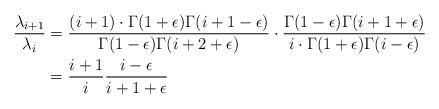
LaTeX: \begin{align*}\frac{\lambda_{i + 1}}{\lambda_i} &= \frac{(i + 1) \cdot \Gamma(1 + \epsilon) \Gamma(i + 1 - \epsilon)}{\Gamma(1 - \epsilon) \Gamma(i + 2 + \epsilon)} \cdot \frac{\Gamma(1 - \epsilon) \Gamma(i + 1 + \epsilon)}{i \cdot \Gamma(1 + \epsilon) \Gamma(i - \epsilon)}\\&= \frac{i + 1}{i} \frac{i - \epsilon}{i + 1 + \epsilon}\end{align*}